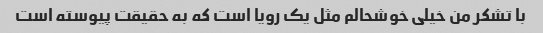
با تشکر من خیلی خوشحالم مثل یک رویا است که به حقیقت پیوسته است